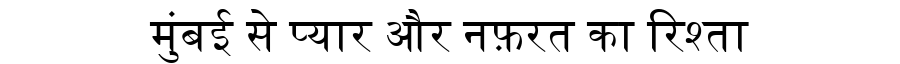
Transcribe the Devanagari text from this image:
मुंबई से प्यार और नफ़रत का रिश्ता